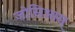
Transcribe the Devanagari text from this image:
जोसिआस्